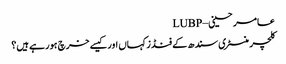
عامر حسینی – LUBP
کلچر منسٹری سندھ کے فنڈز کہاں اور کیسے خرچ ہورہے ہیں؟